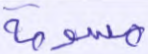
مسومة